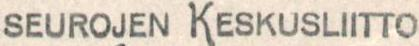
SEUROJEN KESKUSLIITTO